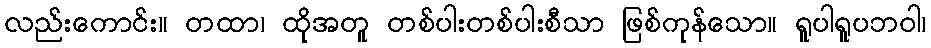
လည်းကောင်း။ တထာ၊ ထိုအတူ တစ်ပါးတစ်ပါးစီသာ ဖြစ်ကုန်သော။ ရူပါရူပဘဝါ၊